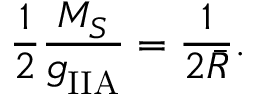
{ \frac { 1 } { 2 } } { \frac { M _ { S } } { g _ { \mathrm { I I A } } ^ { } } } = { \frac { 1 } { 2 \bar { R } } } .